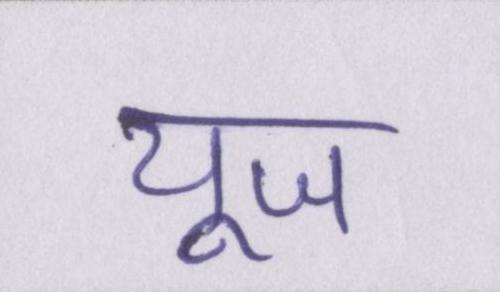
यूज